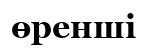
өренші